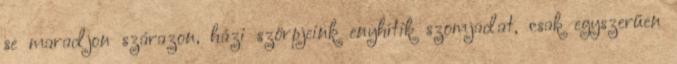
se maradjon szárazon, házi szörpjeink enyhítik szomjadat, csak egyszerűen